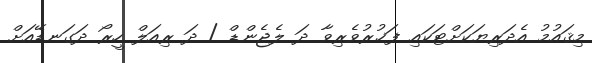
މިޤައުމު އެދަރިޔަކަށްޓަކައި ފަޚުރުވެރިވާ ދަ ލެޖެންޑް / ދަ ރިއަލް ހީރޯ ދަގަނޑޭއަށް